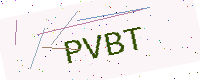
Text: PVBT